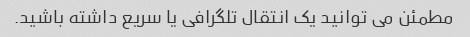
مطمئن می توانید یک انتقال تلگرافی یا سریع داشته باشید.